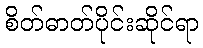
စိတ်ဓာတ်ပိုင်းဆိုင်ရာ